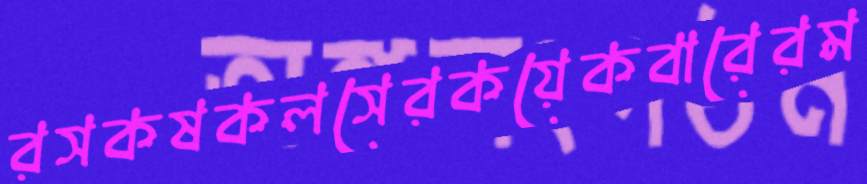
রসকষকলসেরকয়েকবারেরম